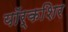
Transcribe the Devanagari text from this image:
यॉर्कशिर